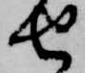
せ